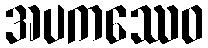
အပကဿေဝ